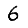
Digit: 6